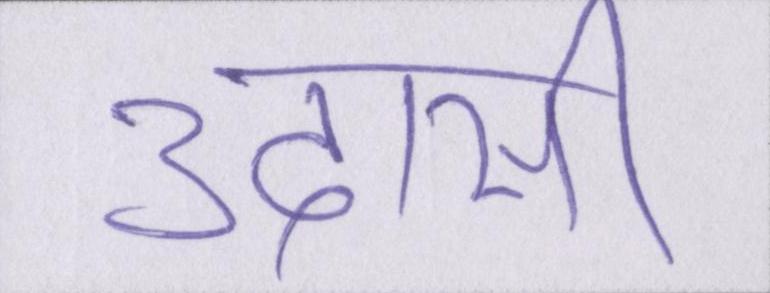
उदासी